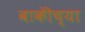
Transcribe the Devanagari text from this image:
बाकींच्या